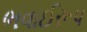
ભવાઈરૂપ